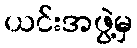
ယင်းအဖွဲ့မှ